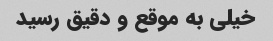
خیلی به موقع و دقیق رسید